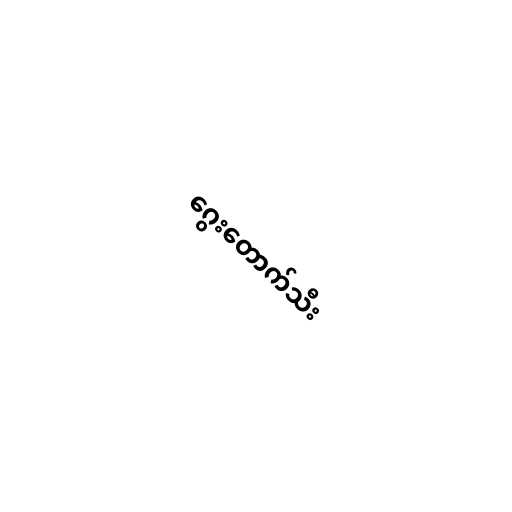
ဂွေးတောက်သီး